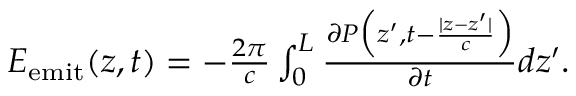
\begin{array} { r } { E _ { \mathrm { e m i t } } ( z , t ) = - \frac { 2 \pi } { c } \int _ { 0 } ^ { L } \frac { \partial P \Big ( z ^ { \prime } , t - \frac { | z - z ^ { \prime } | } { c } \Big ) } { \partial t } d z ^ { \prime } . } \end{array}